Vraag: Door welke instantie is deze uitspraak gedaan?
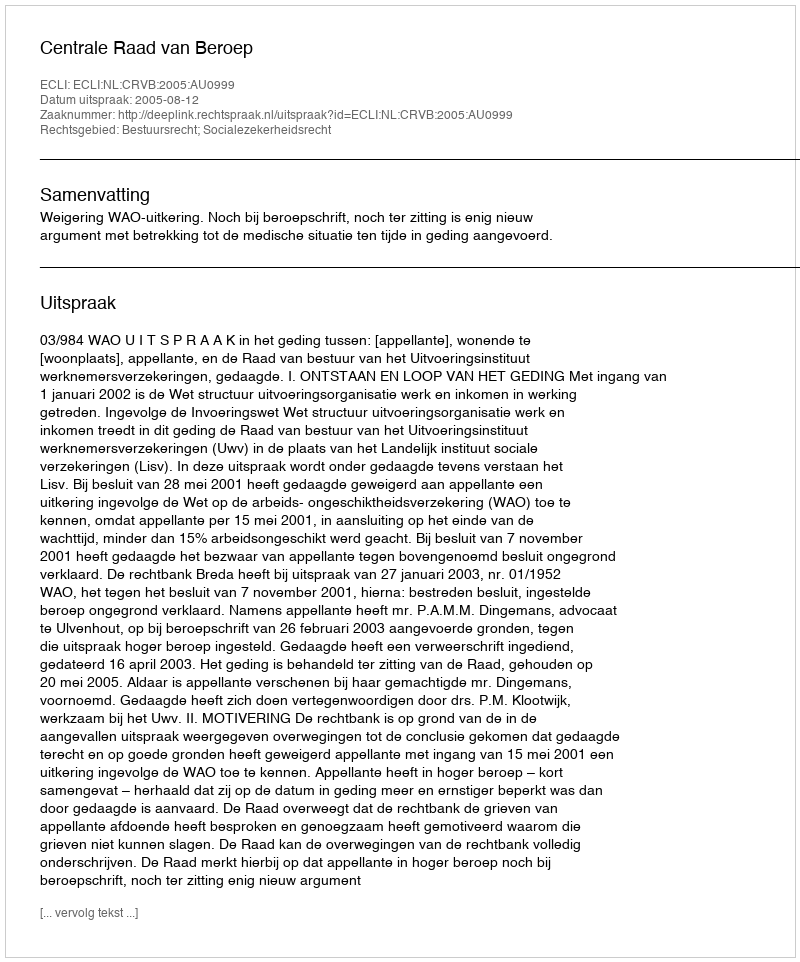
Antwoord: Centrale Raad van Beroep